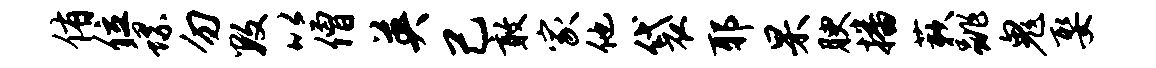
侑位螺勿数以僧英己敢家他袋耶杲腴播蔌跳鬼娶